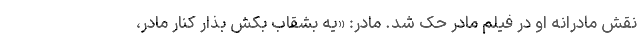
نقش مادرانه او در فيلم مادر حک شد. مادر: «يه بشقاب بکش بذار کنار مادر،